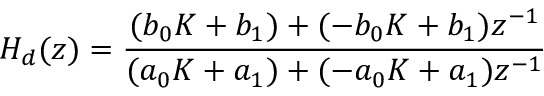
H _ { d } ( z ) = { \frac { ( b _ { 0 } K + b _ { 1 } ) + ( - b _ { 0 } K + b _ { 1 } ) z ^ { - 1 } } { ( a _ { 0 } K + a _ { 1 } ) + ( - a _ { 0 } K + a _ { 1 } ) z ^ { - 1 } } }